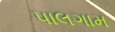
પાલગામ